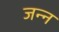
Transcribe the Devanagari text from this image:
जन्न